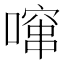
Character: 𱔤